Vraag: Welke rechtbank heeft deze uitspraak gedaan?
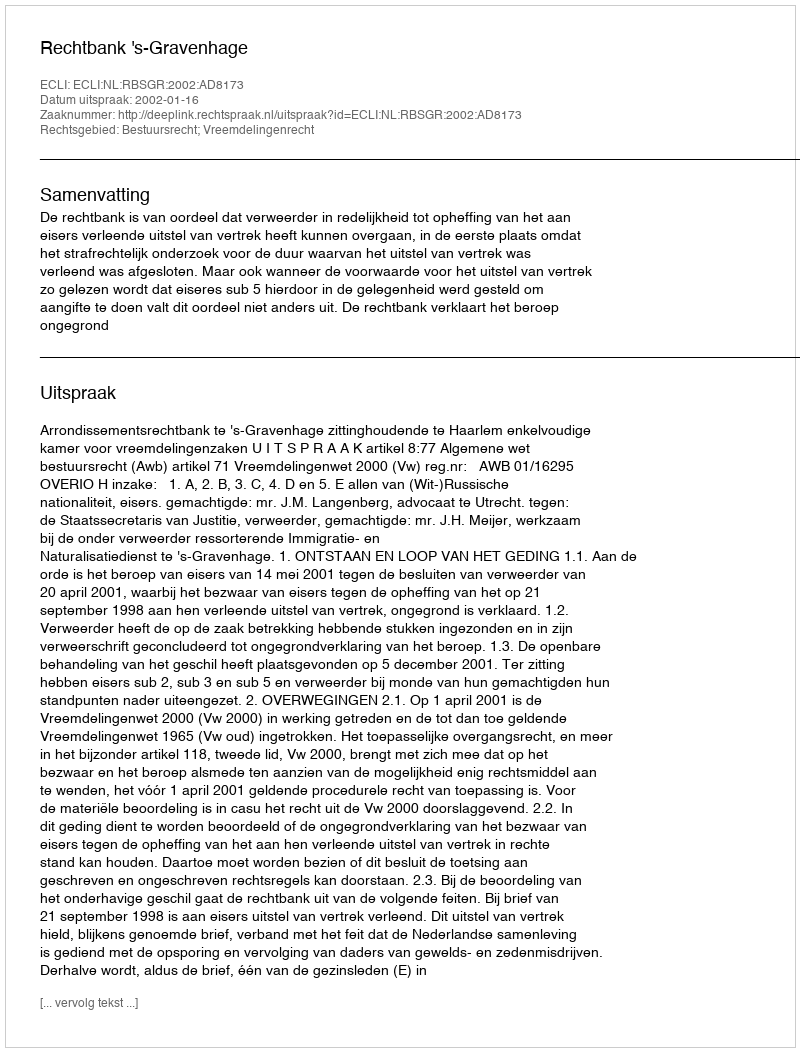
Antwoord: Rechtbank 's-Gravenhage